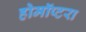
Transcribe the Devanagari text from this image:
होमॉप्टरा